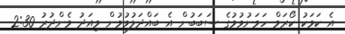
އެ ކަމަކު ކޯރަމް ހަމަނުވުމުގެ ސަބަބުން އެ ބައްދަލުވުމުން މިއަދު މެންދުރު 2:30